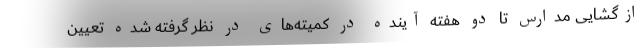
ازگشایی مدارس تا دو هفته آینده در کمیته‌های در نظر گرفته شده تعیین